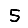
Digit: 5